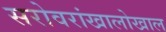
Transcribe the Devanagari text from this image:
सरोवरांखालोखाल